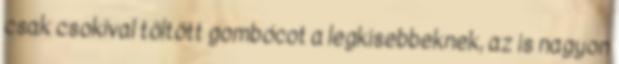
csak csokival töltött gombócot a legkisebbeknek, az is nagyon